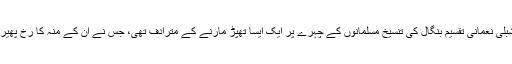
بقول مولانا شبلی نعمانی تقسیم بنگال کی تنسیخ مسلمانوں کے چہرے پر ایک ایسا تھپّڑ مارنے کے مترادف تھی، جس نے ان کے منہ کا رُخ پھیر کر رکھ دیا۔